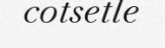
cotsetle